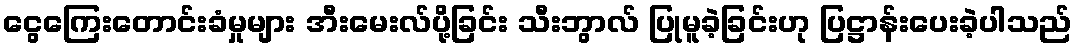
ငွေကြေးတောင်းခံမှုများ အီးမေးလ်ပို့ခြင်း သီးဘွာလ် ပြုမူခဲ့ခြင်းဟု ပြဋ္ဌာန်းပေးခဲ့ပါသည်